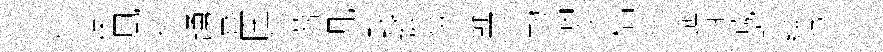
仰煉風信踴飛圉何薺几默誕奩蘚了勣惱汝梠八迤芽減塡縑徴